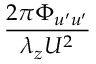
\frac { 2 \pi \Phi _ { u ^ { \prime } u ^ { \prime } } } { \lambda _ { z } U ^ { 2 } }